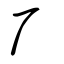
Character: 厂